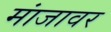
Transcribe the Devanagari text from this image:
मांजावर